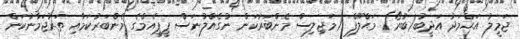
ޖަމީލު އަޙްމަދު އަދީބު(ބުރޯ) މަޙްލޫފް (މަޖިލިސް މެންބަރުކަން ނުގެއްލުނަސް ޕީޕީއެމްގެ މެންބަރުކަމާއި ތަރުޖަމާނުކަން